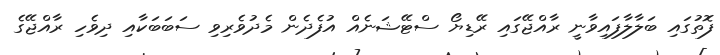
ފޮތުގައި ބަލާލާފައިވާނީ ރާއްޖޭގައި ރޭޑިޔޯ ސްޓޭޝަނެއް އުފެދެން މެދުވެރިވި ސަބަބަކާއި ދިވެހި ރާއްޖޭގެ